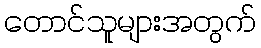
တောင်သူများအတွက်